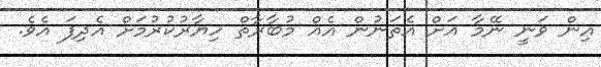
އިން ވަނީ ނޭމާ އަށް އެތަނުން އެއް މުބާރާތް ހިޔާރުކުރުމަށް އެދިފަ އެވެ.